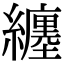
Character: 纏